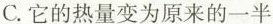
C.它的热量变为原来的一半